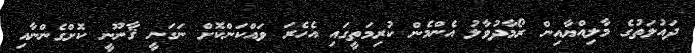
ދައުލަތުގެ މާލިއްޔާއިން ރޯމާދުވާލު އެންމެން ކުރިމަތީގައި އެހެރަ ވައްކަންކޮށް ނަގަނީ ޤާނޫނީ ކޮށްގެންނާއި